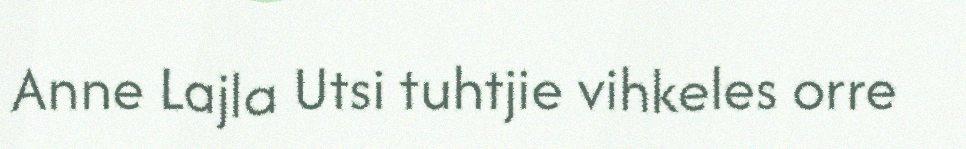
Anne Lajla Utsi tuhtjie vihkeles orre